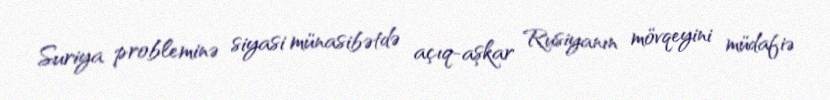
Suriya probleminə siyasi münasibətdə açıq-aşkar Rusiyanın mövqeyini müdafiə